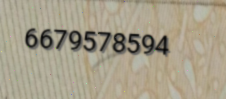
6679578594